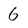
Character: 6